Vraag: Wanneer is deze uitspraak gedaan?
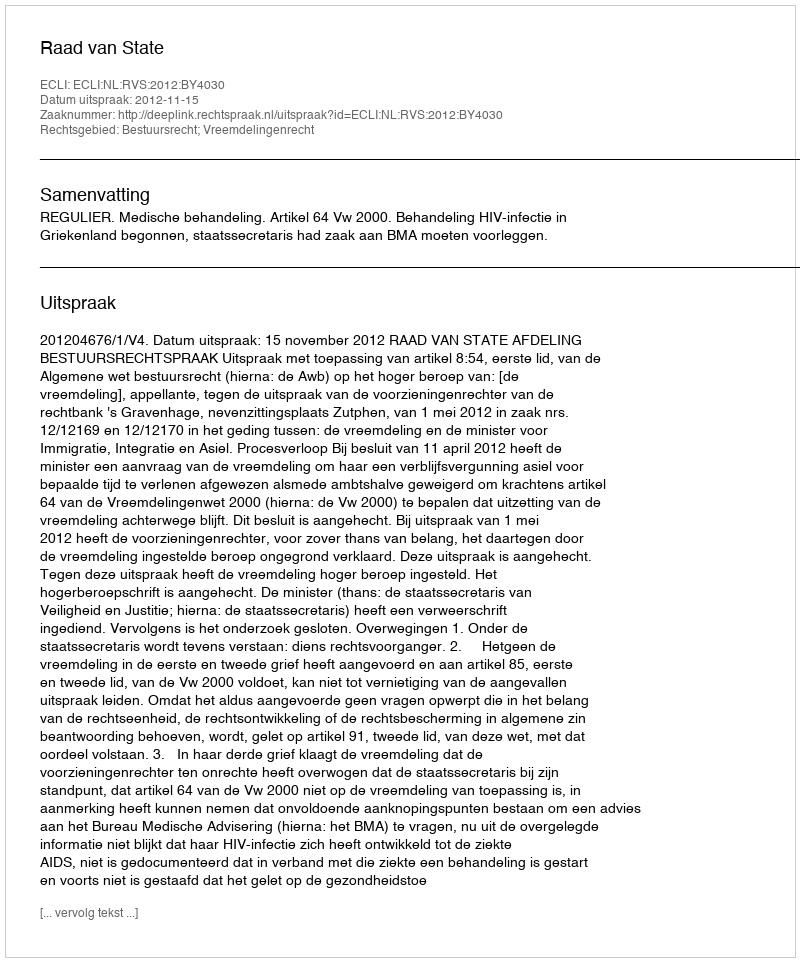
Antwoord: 2012-11-15